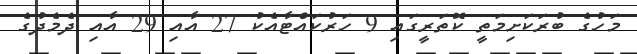
މަހުގެ ބުރަކަށިމަތީ ކޮތަރީގައި 9 ހަރުކައްޓާއެކު 27 އާއި 29 އާއި ދެމެދުގެ